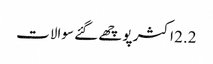
2.2 اکثر پوچھے گئے سوالات